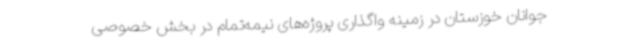
جوانان خوزستان در زمینه واگذاری پروژه‌های نیمه‌تمام در بخش خصوصی